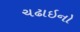
ચઢાઇનો